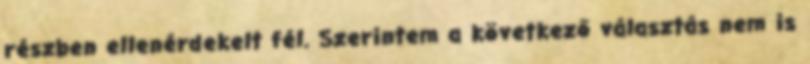
részben ellenérdekelt fél. Szerintem a következő választás nem is